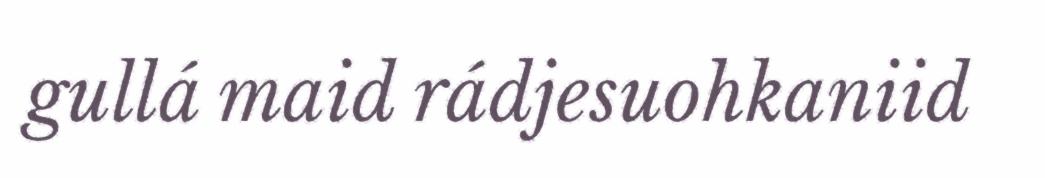
gullá maid rádjesuohkaniid